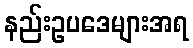
နည်းဥပဒေများအရ